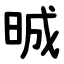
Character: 晠